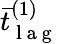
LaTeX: \bar{t}_{\mathrm{~l~a~g~}}^{(1)}